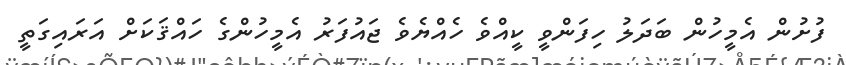
ފުށުން އެމީހުން ބަދަލު ހިފަންވީ ކީއްވެ ހެއްޔެވެ ޖައުފަރު އެމީހުންގެ ހައްޤަކަށް އަރައިގަތީ